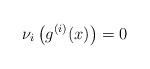
LaTeX: \begin{align*}\nu_i\left(g^{(i)}(x)\right)=0\end{align*}